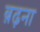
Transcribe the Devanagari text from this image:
ब़ढ़ना